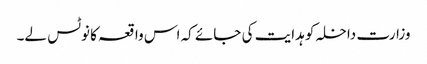
وزارت داخلہ کو ہدایت کی جائے کہ اس واقعہ کا نوٹس لے۔